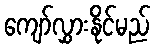
ကျော်လွှားနိုင်မည်